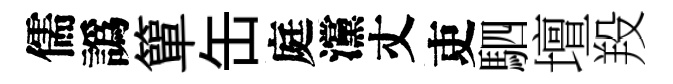
儒譌簞缶庭灙丈吏駟壇羖